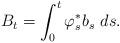
LaTeX: \begin{align*}B_{t} = \int_{0}^{t}\varphi_{s}^{*}b_{s}\ ds.\end{align*}